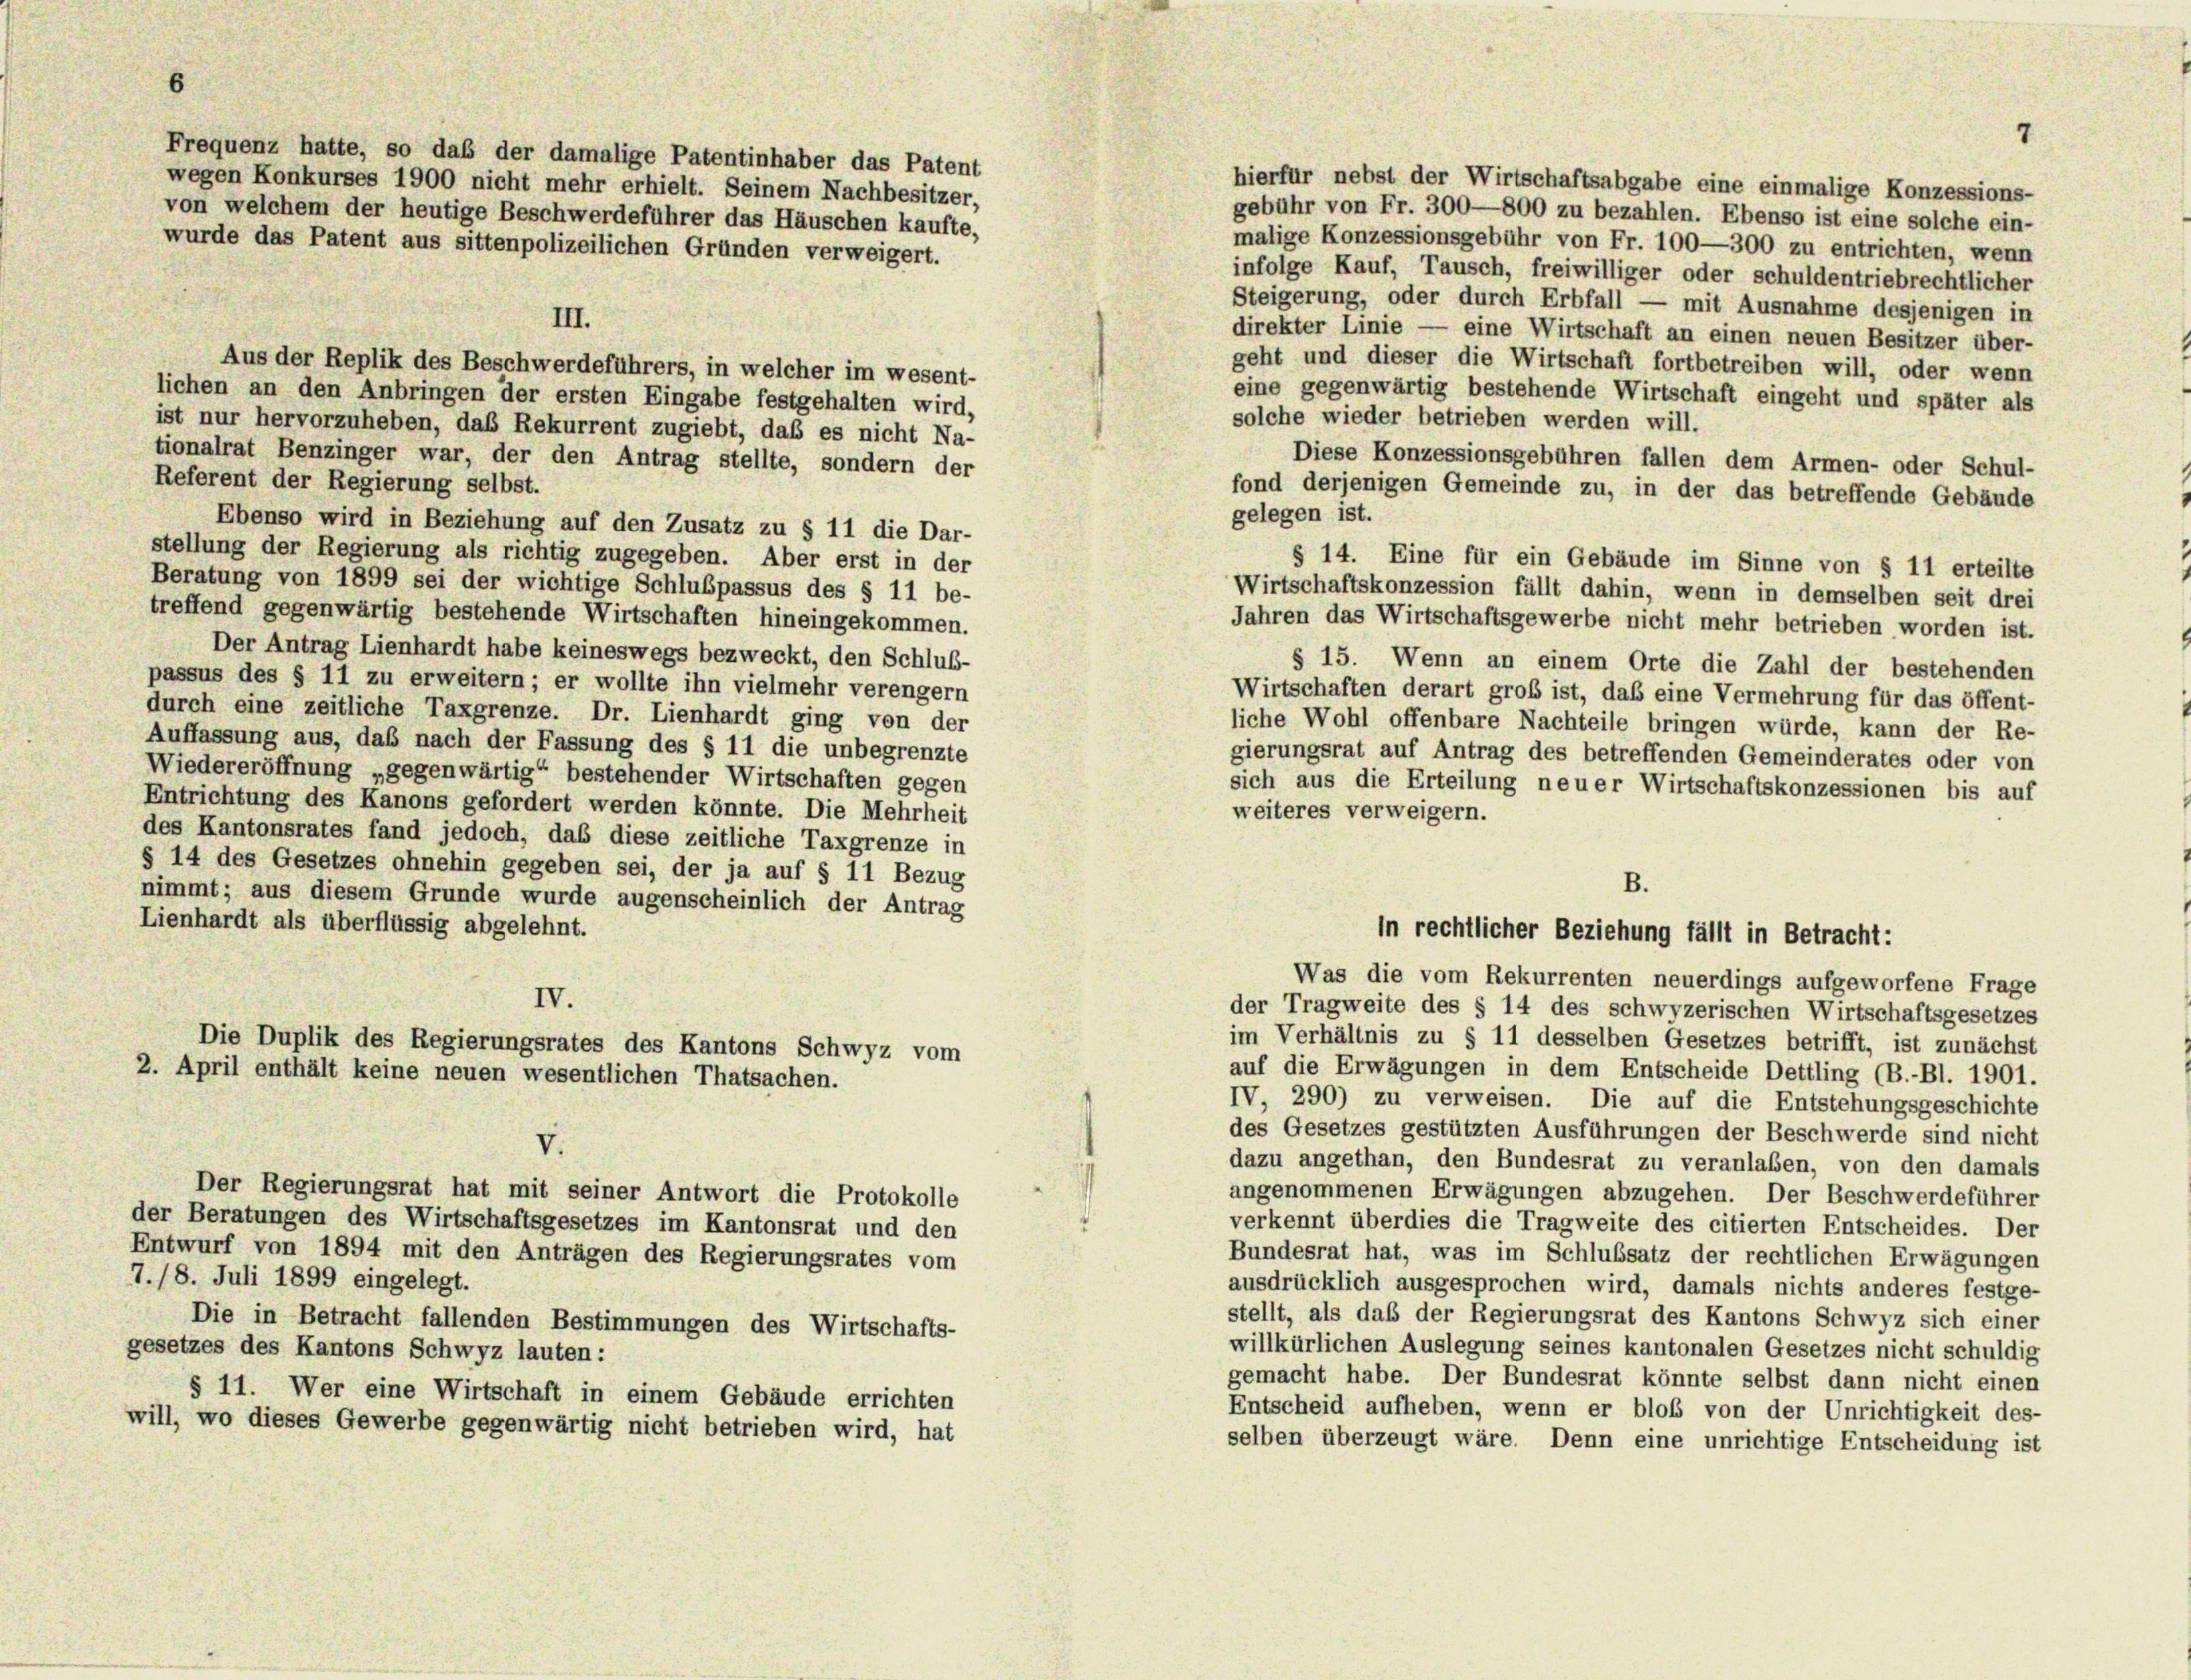
Frequenz hatte, so das der damalige Patentinhaber das Patent
wegen Konkurses 1900 nicht mehr erhielt. Seinem Nachbesitzer,
von welchem der heutige Beschwerdeführer das Häuschen kaufte,

7
gebühr von Fr. 300—800 zu bezahlen. Ebenso ist eine solche ein-
malige Konzessionsgebühr von Fr. 100—300 zu entrichten, wenn
wurde das Patent aus sittenpolizeilichen Gründen verweigert.
infolge Kauf, Tausch, freiwilliger oder schuldentriebrechtlicher
Steigerung, oder durch Erbfall — mit Ausnahme desjenigen in
III.
direkter Linie — eine Wirtschaft an einen neuen Besitzer über-
geht und dieser die Wirtschaft fortbetreiben will, oder wenn
Aus der Replik des Beschwerdeführers, in welcher im wesent-
eine gegenwärtig bestehende Wirtschaft eingeht und später als
lichen an den Anbringen der ersten Eingabe festgehalten wird,
solche wieder betrieben werden will.
ist nur hervorzuheben, das Rekurrent zugiebt, daß es nicht Na-
tionalrat Benzinger war, der den Antrag stellte, sondern der
Diese Konzessionsgebühren fallen dem Armen- oder Schul-
Referent der Regierung selbst.
fond derjenigen Gemeinde zu, in der das betreffende Gebäude
gelegen ist.
Ebenso wird in Beziehung auf den Zusatz zu § 11 die Dar-
stellung der Regierung als richtig zugegeben. Aber erst in der
§ 14. Eine für ein Gebäude im Sinne von § 11 erteilte
Beratung von 1899 sei der wichtige Schlußpassus des § 11 be-
Wirtschaftskonzession fällt dahin, wenn in demselben seit drei
treffend gegenwärtig bestehende Wirtschaften hineingekommen.
Jahren das Wirtschaftsgewerbe nicht mehr betrieben worden ist.
Der Antrag Lienhardt habe keineswegs bezweckt, den Schluß-
§ 15. Wenn an einem Orte die Zahl der bestehenden
passus des § 11 zu erweitern; er wollte ihn vielmehr verengern
Wirtschaften derart groß ist, das eine Vermehrung für das öffent-
durch eine zeitliche Taxgrenze. Dr. Lienhardt ging von der
liche Wohl offenbare Nachteile bringen würde, kann der Re-
Auffassung aus, daß nach der Fassung des § 11 die unbegrenzte
gierungsrat auf Antrag des betreffenden Gemeinderates oder von
Wiedereröffnung „gegenwärtig“ bestehender Wirtschaften gegen
sich aus die Erteilung neuer Wirtschaftskonzessionen bis auf
Entrichtung des Kanons gefordert werden könnte. Die Mehrheit
weiteres verweigern.
des Kantonsrates fand jedoch, daß diese zeitliche Taxgrenze in
§ 14 des Gesetzes ohnehin gegeben sei, der ja auf § 11 Bezug
B.
nimmt; aus diesem Grunde wurde augenscheinlich der Antrag
Lienhardt als überflüssig abgelehnt.
in rechtlicher Beziehung fällt in Betracht:
Was die vom Rekurrenten neuerdings aufgeworfene Frage
IV.
der Tragweite des § 14 des schwyzerischen Wirtschaftsgesetzes
im Verhältnis zu § 11 desselben Gesetzes betrifft, ist zunächst
Die Duplik des Regierungsrates des Kantons Schwyz vom
auf die Erwägungen in dem Entscheide Dettling (B.-Bl. 1901.
2. April enthält keine neuen wesentlichen Thatsachen.
IV, 290) zu verweisen. Die auf die Entstehungsgeschichte
des Gesetzes gestützten Ausführungen der Beschwerde sind nicht
V.
dazu angethan, den Bundesrat zu veranlaßen, von den damals
Der Regierungsrat hat mit seiner Antwort die Protokolle
angenommenen Erwägungen abzugehen. Der Beschwerdeführer
der Beratungen des Wirtschaftsgesetzes im Kantonsrat und den
verkennt überdies die Tragweite des citierten Entscheides. Der
Entwurf von 1894 mit den Anträgen des Regierungsrates vom
Bundesrat hat, was im Schlußsatz der rechtlichen Erwägungen
7./8. Juli 1899 eingelegt.
ausdrücklich ausgesprochen wird, damals nichts anderes festge-
stellt, als das der Regierungsrat des Kantons Schwyz sich einer
Die in Betracht fallenden Bestimmungen des Wirtschafts-
willkürlichen Auslegung seines kantonalen Gesetzes nicht schuldig
gesetzes des Kantons Schwyz lauten:
gemacht habe. Der Bundesrat könnte selbst dann nicht einen
§ 11. Wer eine Wirtschaft in einem Gebäude errichten
Entscheid aufheben, wenn er bloß von der Unrichtigkeit des-
will, wo dieses Gewerbe gegenwärtig nicht betrieben wird, hat
selben überzeugt wäre. Denn eine unrichtige Entscheidung ist

hierfür nebst der Wirtschaftsabgabe eine einmalige Konzessions-